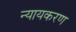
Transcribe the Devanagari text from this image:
न्यायकरण